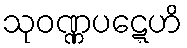
သုဝဏ္ဏပဋ္ဋေဟိ